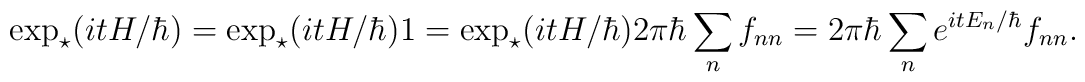
\exp_\star(itH/\hbar)= \exp_\star(itH/\hbar) \* 1 =\exp_\star(itH/\hbar)\* 2\pi\hbar \sum_n f_{nn} =2\pi\hbar \sum_n e^{it E_n/\hbar }f_{nn}.